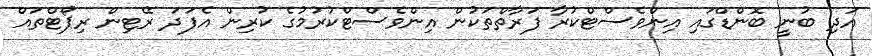
އަދި ބުނީ ބޮންޑްގައި އިންވެސްޓްކުރާ ފަރާތްތަކުން އިންވެސްޓްކުރުމުގެ ކުރިން އެފަދަ ރޭޓިން ރިޕޯޓްތައް